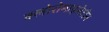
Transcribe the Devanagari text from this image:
क्लोरोमाइसेटीन